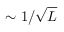
\sim 1 / \sqrt { L }